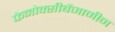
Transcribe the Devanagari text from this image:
फेनोक्सीबेंजामीन